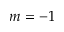
m = - 1